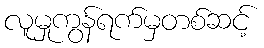
လူမှုကွန်ရက်မှတစ်ဆင့်